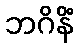
ဘဂိနိံ